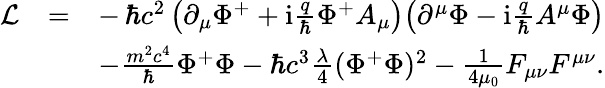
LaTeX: \begin{array}{rlr}{\mathcal{L}}&{=}&{-\, \hbar c^{2}\left(\partial_{\mu}\Phi^{+}+\mathrm{i}\frac{q}{\hbar}\Phi^{+}A_{\mu}\right)\! \left(\partial^{\mu}\Phi-\mathrm{i}\frac{q}{\hbar}A^{\mu}\Phi\right)}\\ &{}&{-\frac{m^{2}c^{4}}{\hbar}\Phi^{+}\Phi-\hbar c^{3}\frac{\lambda}{4}(\Phi^{+}\Phi)^{2}-\frac{1}{4\mu_{0}}F_{\mu\nu}F^{\mu\nu}.}\end{array}